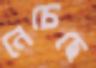
নেচেছে